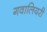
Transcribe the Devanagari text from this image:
गवालियरी